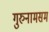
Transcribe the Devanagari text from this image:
गुरुनामसमं